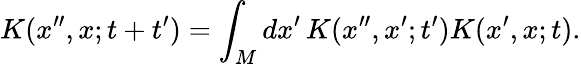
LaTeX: K(x^{\prime\prime},x;t+t^{\prime})=\int_{M}dx^{\prime}\, K(x^{\prime\prime},x^{\prime};t^{\prime})K(x^{\prime},x;t).